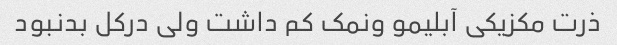
ذرت مکزیکی آبلیمو ونمک کم داشت ولی درکل بدنبود